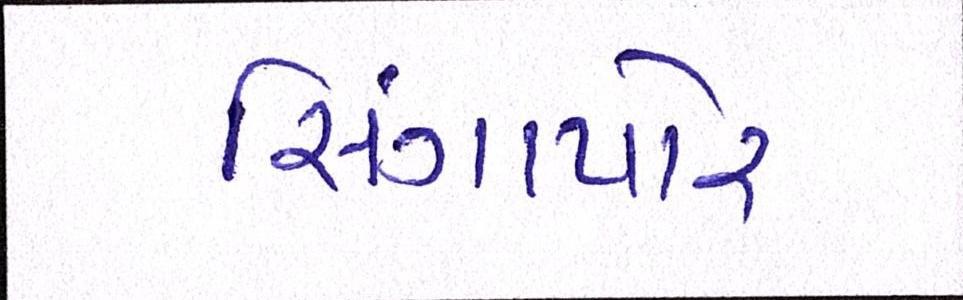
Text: સિંગાપોર